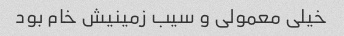
خیلی معمولی و سیب زمینیش خام بود